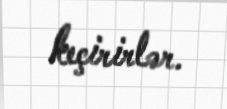
keçirirlər.